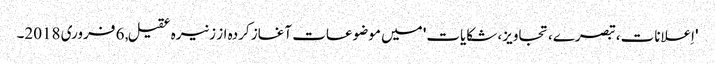
'اِعلانات، تبصرے، تجاویز، شکایات' میں موضوعات آغاز کردہ از زنیرہ عقیل, ‏6 فروری 2018۔